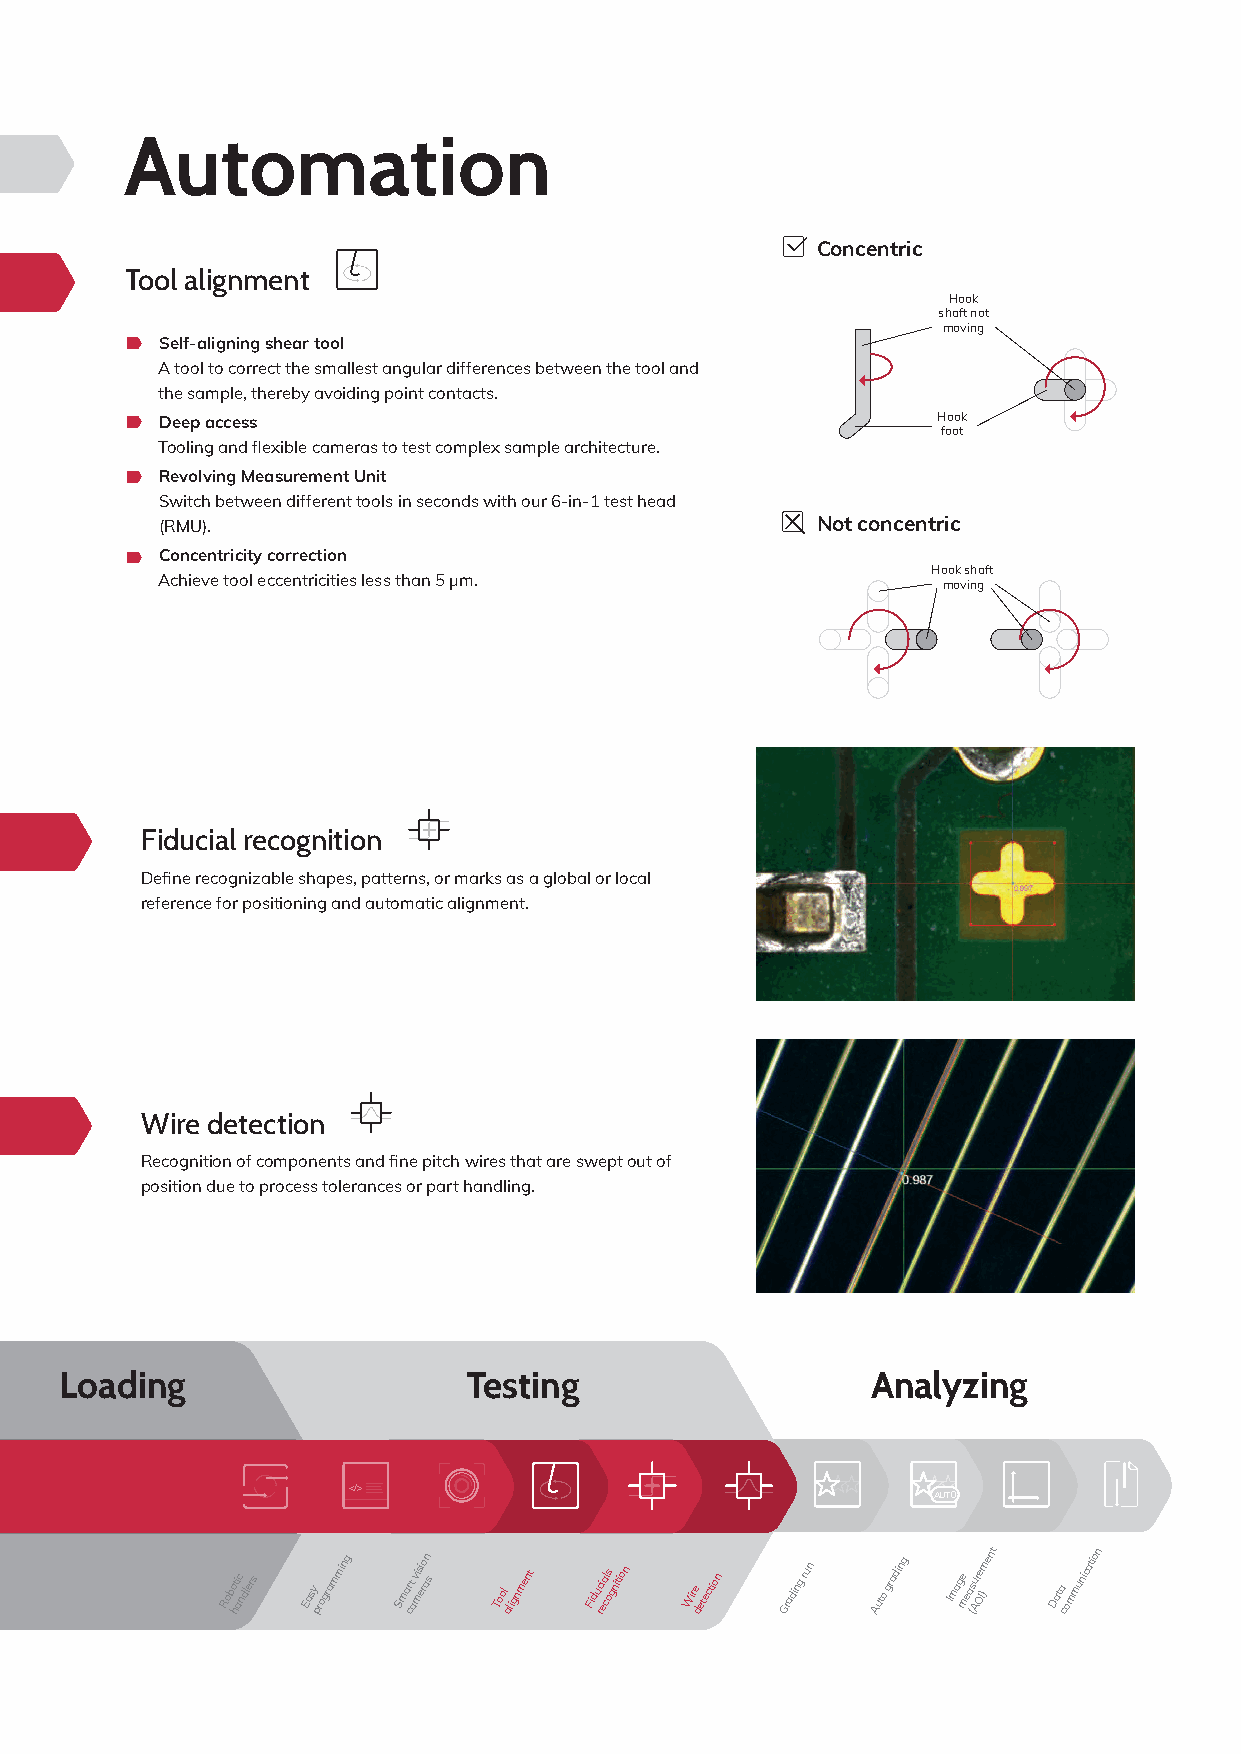
Automation
 Concentric
 Tool alignment
 Hook
 shaft not
 moving
 Self-aligning shear tool
 A tool to correct the smallest angular differences between the tool and
 the sample, thereby avoiding point contacts.
 Deep access                                        Hook
 foot
 Tooling and flexible cameras to test complex sample architecture.
 Revolving Measurement Unit
 Switch between different tools in seconds with our 6-in-1 test head
 (RMU).                                     Not concentric
 Concentricity correction
 Hook shaft
 Achieve tool eccentricities less than 5 µm.        moving
 Fiducial recognition
 Define recognizable shapes, patterns, or marks as a global or local
 reference for positioning and automatic alignment.
 Wire detection
 Recognition of components and fine pitch wires that are swept out of
 position due to process tolerances or part handling.
 Loading                    Testing                    Analyzing
 <<//>>
 AUTO
 Robo hti ac ndlers Easy programming Smar ct avi msi ero an s Tool alignment Fiduc ri ea cls ognition Wire detection Grading run Auto grading Image mea (su Ar Oe I)ment Data communication